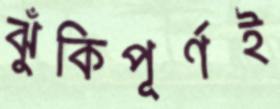
ঝুঁকিপূর্ণই